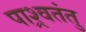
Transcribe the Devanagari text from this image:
पाश्र्वतंतु